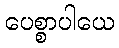
ပေစ္စာပါယေ